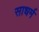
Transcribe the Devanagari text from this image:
साधर्म